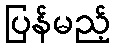
ပြန်မည့်